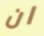
ان